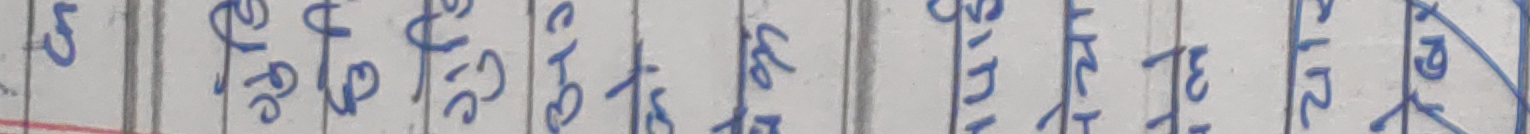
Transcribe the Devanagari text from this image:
३ देउपा चे हे छु सुन्नु तिरुई पछ र गर्ने